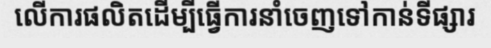
លើការផលិតដើម្បីធ្វើការនាំចេញទៅកាន់ទីផ្សារ